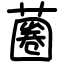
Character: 蔨